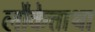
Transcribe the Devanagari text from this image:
लौकेत्ताथा